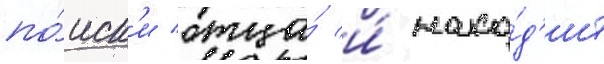
по́иск'и отца́ и́ нахо́д'ит